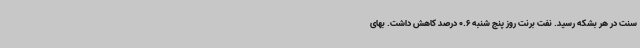
سنت در هر بشکه رسید. نفت برنت روز پنج شنبه 0.6 درصد کاهش داشت. بهای